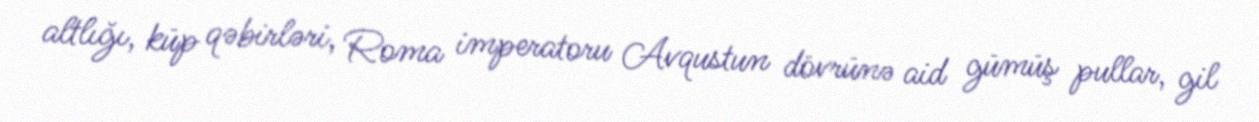
altlığı, küp qəbirləri, Roma imperatoru Avqustun dövrünə aid gümüş pullar, gil